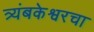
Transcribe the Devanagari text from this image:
त्र्यंबकेश्वरचा